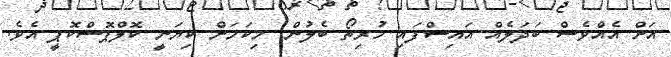
އަށް އެއްވެސް ބަދަލެއް އައިސްފައި ހުރިތޯ ބެލުން: މިކަމަށް ކިޔަނީ ކޮލްޕޮސްކޮޕީ އެވެ.